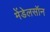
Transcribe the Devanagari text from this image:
मेंडेलसॉन